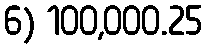
6) 100,000.25